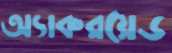
অ্যাকরয়েড